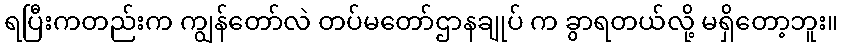
ရပြီးကတည်းက ကျွန်တော်လဲ တပ်မတော်ဌာနချုပ် က ခွာရတယ်လို့ မရှိတော့ဘူး။